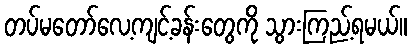
တပ်မတော်လေ့ကျင့်ခန်းတွေကို သွားကြည့်ရမယ်။